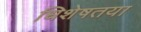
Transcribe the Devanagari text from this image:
धिशेषतया